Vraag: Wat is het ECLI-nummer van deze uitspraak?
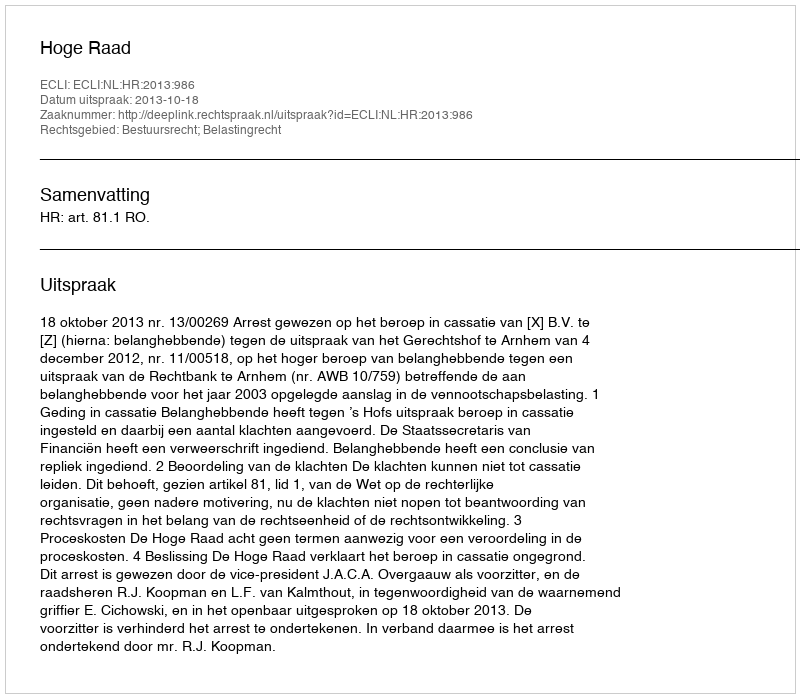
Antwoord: ECLI:NL:HR:2013:986